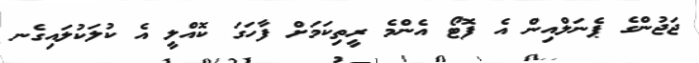
ޖަޖުންގެ ޕެނަލްއިން އެ ފޮޓޯ އެންމެ ރީތިކަމަށް ފާހަގަ ކޮއްލީ އެ ކުލަކުލައިގެނ